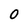
Character: 0